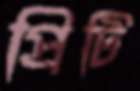
প্রিটি